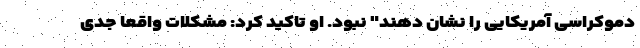
دموکراسی آمریکایی را نشان دهند" نبود. او تاکید کرد: مشکلات واقعا جدی